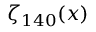
\zeta _ { 1 4 0 } ( x )